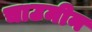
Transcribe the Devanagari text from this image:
चाउमीन